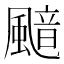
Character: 䬓